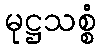
မုဋ္ဌသစ္စံ